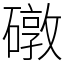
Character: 礅